Source: Handwritten
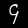
Digit: ၄ (4)